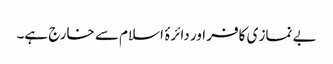
بے نماز ی کافر اور دائرۂ اسلام سے خارج ہے۔